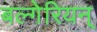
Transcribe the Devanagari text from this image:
बल्गेरियन्